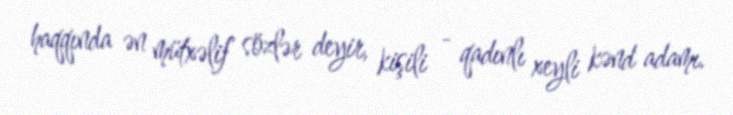
haqqında ən mütxəlif sözlər deyir, kişili - qadınlı xeyli kənd adamı.